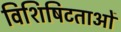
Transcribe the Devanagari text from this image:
विशिषिटताओं